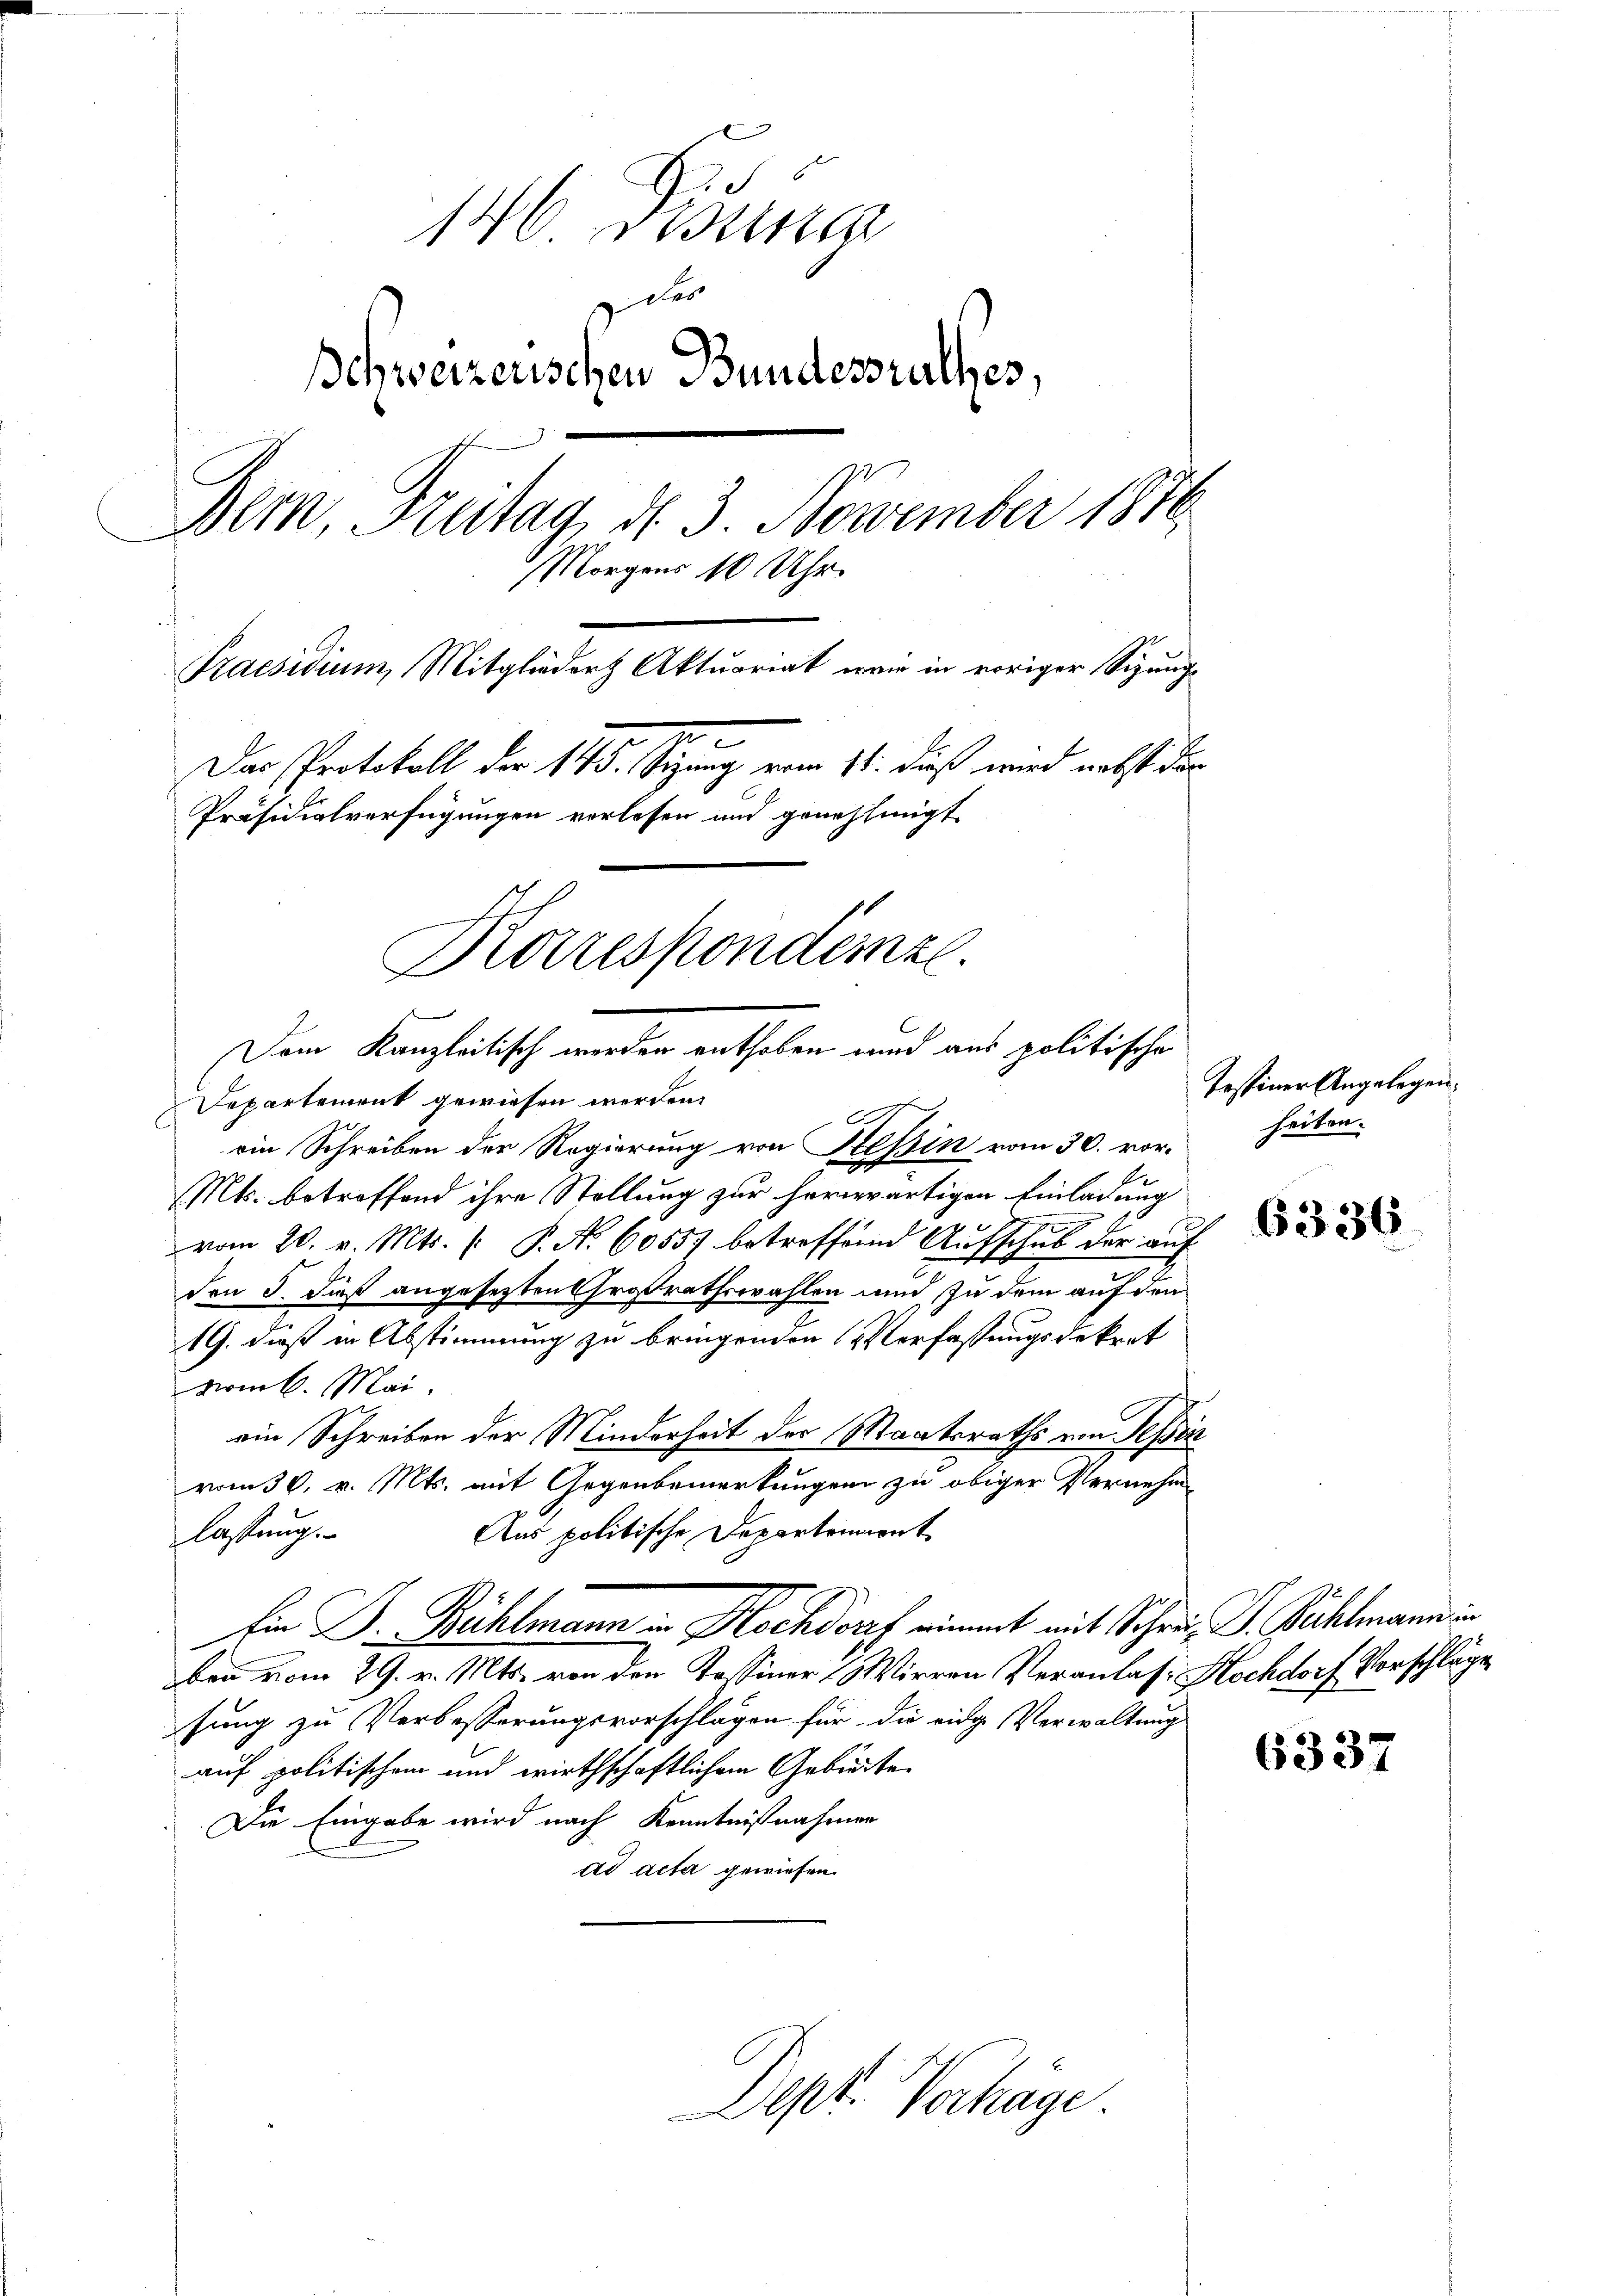
d. S
146
des
schweizerischen Bundesrathes,
Dein, Freitag, d. 3. November 1810.
Morgens 10 Uhr.
Praesidium, Mitglieder Aktuariat wie in voriger Sizung
Der Protokoll der 145. Seprung vom 11. dieß wird nebst der
Präsidialverfügungen verlesen und genehmigt
Korresponderze
Dem Kanzleitisch werden enthoben wird aus politische

Departement gewiesen werden.
ein Schreiben der Regierung von Tessin vom 30. vorde
Mts. betreffend ihre Stellung zur herwärtigen Einladung
vom 20. v. Mts. (: P. A. 60557 betreffend Aufschub der auf
den 5. daß angesetzten Großrathswahlen und zu dem auf den
19. dieß in Abstimmung zu bringenden Verfaßungsdekret
vom 6. Mai.
ein Schreiben der Minderheit der Staatsraths von Tessin
vom 30. v. Mts. mit Gegenbemerkungen zu obiger Vernehm
Aus politische Departement
lassung.
Ein Dr. Bühlmann in Hochdorf nimmt mit Schau, P. Bühlmann in
ben vom 29. v. Mts. von den Tessiner Wirren Veranlas: Hochdorf Vorschläge
sung zu Verbesserungsvorschlagen für die eidg Verwaltung
auf politischem und wirthschaftlichem Gebierte
Die Eingabe wird nach Kenntnißnahmen
ad acta gewiesen.

A

Dept. Vorhäge

Testiner Angelegen.
heiten.

6336

6337